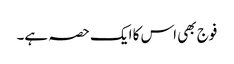
فوج بھی اس کا ایک حصہ ہے۔